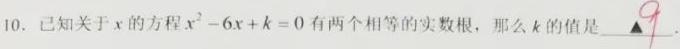
10. 已知关于\(x\)的方程\(x^{2}-6x + k = 0\)有两个相等的实数根，那么\(k\)的值是\(\underline{9}\)。